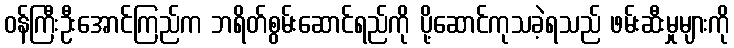
ဝန်ကြီးဦးအောင်ကြည်က ဘရိတ်စွမ်းဆောင်ရည်ကို ပို့ဆောင်ကုသခဲ့ရသည် ဖမ်းဆီးမှုများကို